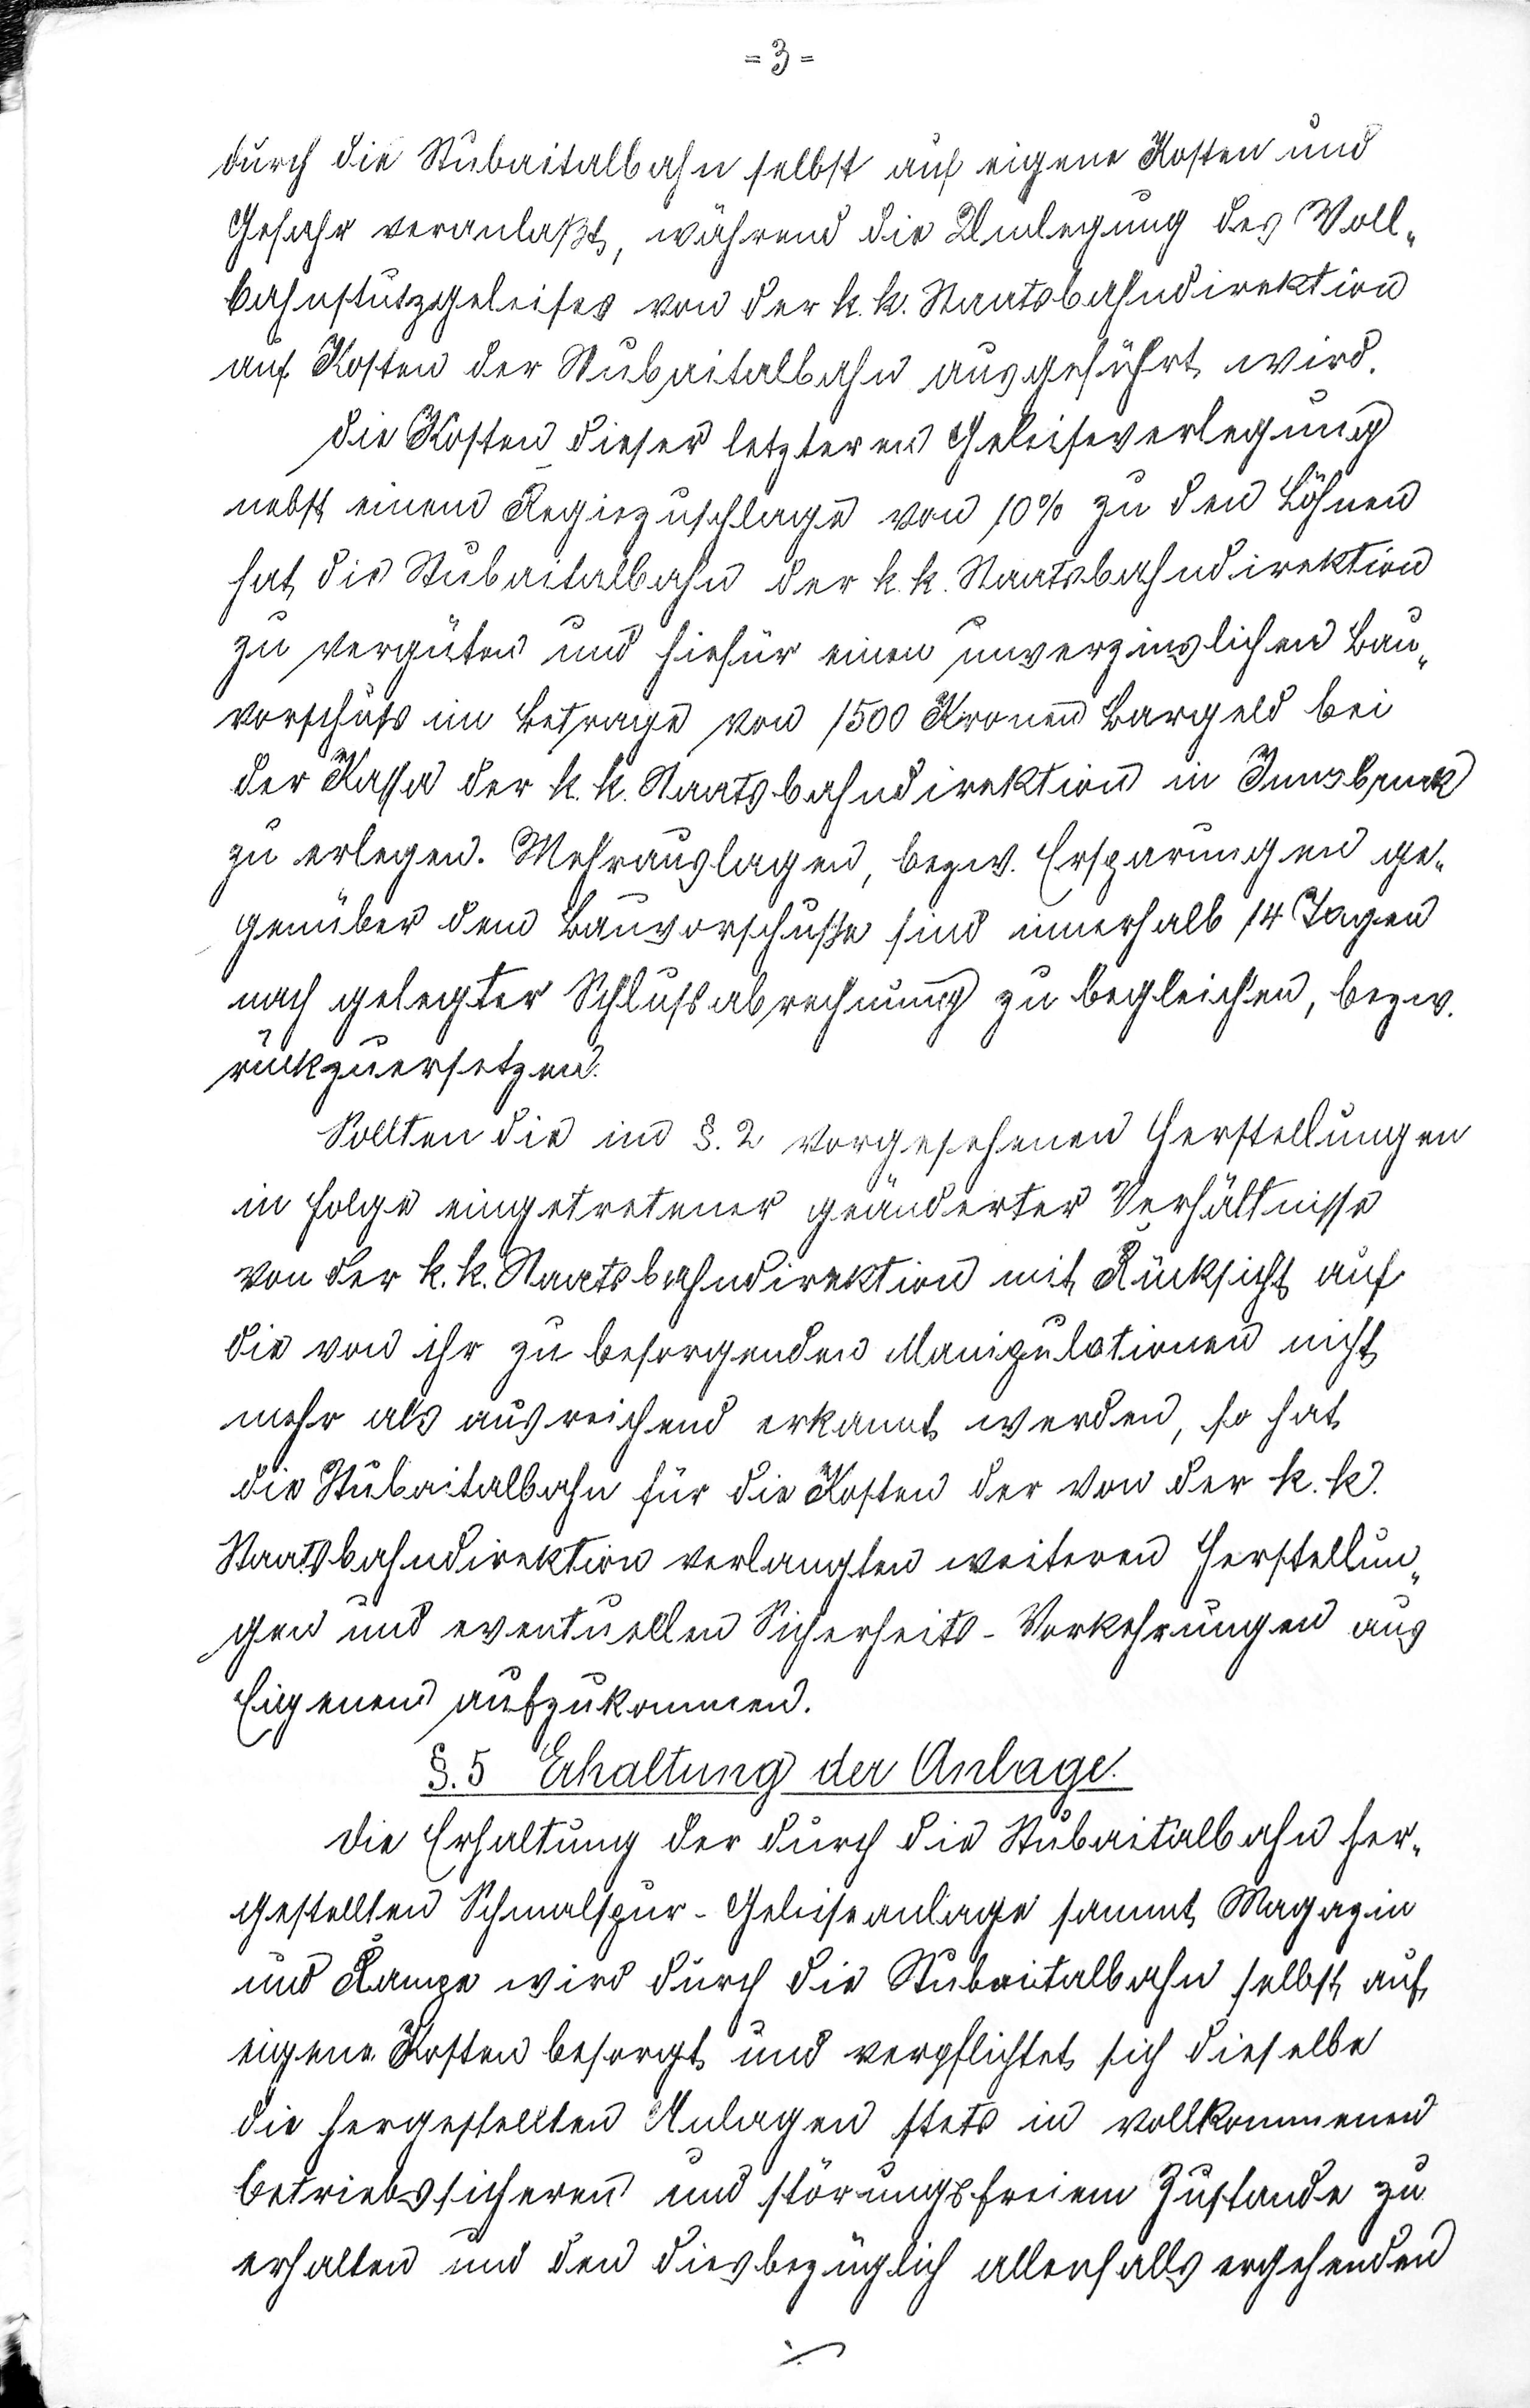
- 3 -
durch die Stubaitalbahn selbst auf eigene Kosten und
Gefahr veranlaßt, während die Umlegung des Voll¬
bahnstützgeleises von der k.k. Staatsbahndirektion
auf Kosten der Stubaitalbahn ausgeführt wird.
Die Kosten dieser letzteren Geleisverlegung
nebst einen Regiezuschlage von 10% zu den Löhnen
hat die Stubaitalbahn der k.k. Staatsbahndirektion
zu vergüten und hiefür einen unverzinslichen Bau¬
vorschuß im Betrage von 1500 Kronen Bargeld bei
der Kassa der k.k. Staatbahndirektion in Innbruck
zu erlegen. Mehrauslagen, bezw. Ersparungen ge¬
genüber dem Bauvorschusse sind innerhalb 14 Tagen
nach gelegter Schlußabrechnung zu begleichen, bezw.
rückzuersetzen.
Sollten die im §.2 vorgesehenen Herstellungen
in Folge eingetretener geänderter Verhältnisse
von der k.k. Staatbahndirektion mit Rücksicht auf
die von ihr zu besorgenden Manipulationen nicht
mehr als ausreichend erkannt werden, so hat
die Stubaitalbahn für die Kosten der von der k.k.
Staatsbahndirektion verlangten weiteren Herstellun¬
gen und eventuell zu Sicherheits-Vorkehrungen aus
Eigenem aufzukommen.
§.5 Erhaltung der Anlage.
die Erhaltung der durch die Stubaitalbahn her¬
gestellten Schmalspur-Geleiseanlage sammt Magazin
und Range wird durch die Stubaitalbahn selbst auf
eigene Kassen besorgt und verpflichtet sich dieselbe
die hergestellten Anlagen stets in vollkommenen
betriebssicheren und störungsfreien Zustande zu
erhalten und den diesbezüglich allenfalls ergehenden